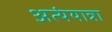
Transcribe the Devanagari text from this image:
अत्यंयात्रा